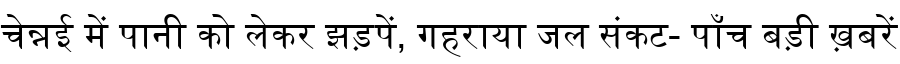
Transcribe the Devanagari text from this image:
चेन्नई में पानी को लेकर झड़पें, गहराया जल संकट- पाँच बड़ी ख़बरें